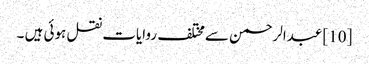
[10] عبدالرحمن سےمختلف روایات نقل ہوئی ہیں ۔